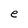
Character: e